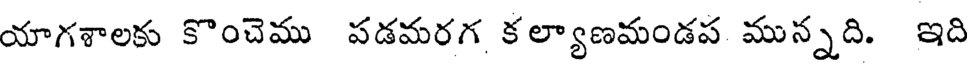
యాగశాలకు కొంచెము పడమరగ కల్యాణమండప మున్నది. ఇది